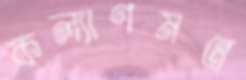
কল্যাণমন্ত্রে